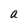
Character: a